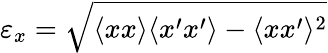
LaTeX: \varepsilon_{x}=\sqrt{\langle{xx}\rangle\langle{x^{\prime}x^{\prime}}\rangle-\langle{xx^{\prime}}\rangle^{2}}